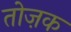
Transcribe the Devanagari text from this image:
तोज़क